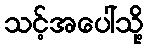
သင့်အပေါ်သို့